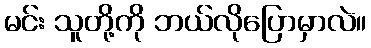
မင်း သူတို့ကို ဘယ်လိုပြောမှာလဲ။